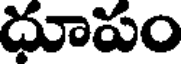
ధూపం